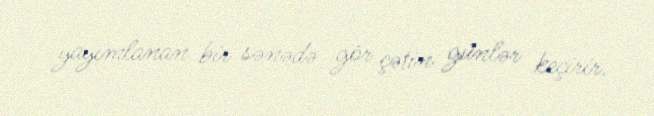
yayımlanan bir sənədə gör çətin günlər keçirir.